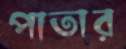
পাতার